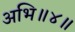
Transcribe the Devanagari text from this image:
अभि॥४॥